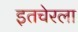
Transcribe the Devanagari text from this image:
इतचेरला